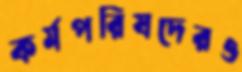
কর্মপরিষদেরও